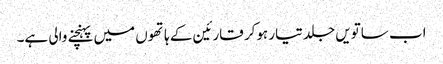
اب ساتویں جلد تیار ہوکر قارئین کے ہاتھوں میں پہنچنے والی ہے۔